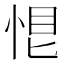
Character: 𢚉